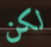
لكن